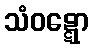
သံဝဋ္ဋော